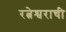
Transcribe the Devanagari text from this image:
रत्नेश्वराची